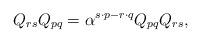
LaTeX: \begin{align*}Q_{rs}Q_{pq}=\alpha ^{s\cdot p-r\cdot q}Q_{pq}Q_{rs},\end{align*}